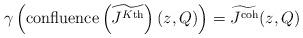
LaTeX: \begin{align*} \gamma \left( \textnormal{confluence}\left(\widetilde{J^{K\textnormal{th}}}\right)(z,Q) \right) = \widetilde{J^\textnormal{coh}}(z,Q) \end{align*}